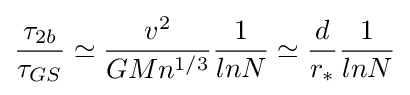
{\frac {\tau _{2b}}{\tau _{GS}}}\simeq {\frac {v^{2}}{GMn^{1/3}}}{\frac {1}{lnN}}\simeq {\frac {d}{r_{*}}}{\frac {1}{lnN}}